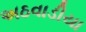
અઠવાડીયા